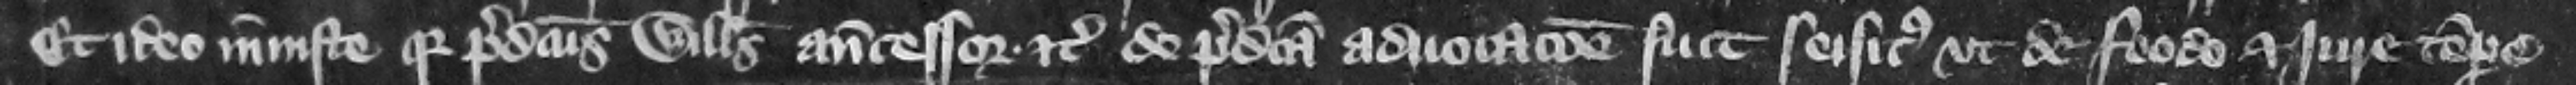
Et ideo iniuste quia predictus Willelmus antecessor etc. de predicta aduocacione fuit seisitus vt de feodo et jure tempore